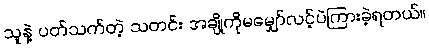
သူနဲ့ ပတ်သက်တဲ့ သတင်း အချို့ကိုမမျှော်လင့်ပဲကြားခဲ့ရတယ်။